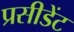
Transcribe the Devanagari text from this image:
प्रसीडेंट